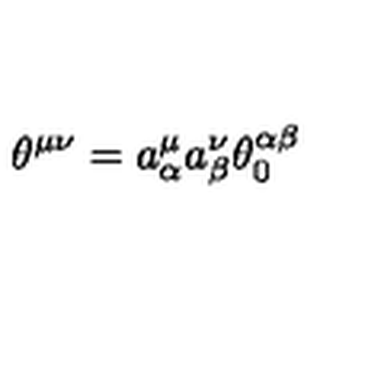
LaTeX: { \theta } ^ { { \mu } { \nu } } = { a } _ { \alpha } ^ { \mu } { a } _ { \beta } ^ { \nu } { \theta } _ { 0 } ^ { { \alpha } { \beta } }